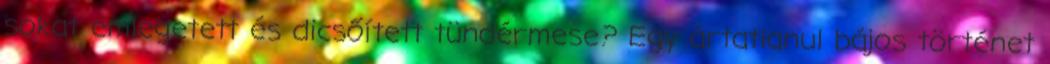
sokat emlegetett és dicsőített tündérmese? Egy ártatlanul bájos történet